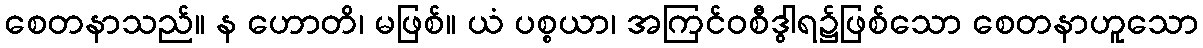
စေတနာသည်။ န ဟောတိ၊ မဖြစ်။ ယံ ပစ္စယာ၊ အကြင်ဝစီဒွါရ၌ဖြစ်သော စေတနာဟူသော